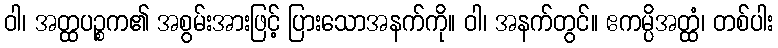
ဝါ၊ အတ္ထပဉ္စက၏ အစွမ်းအားဖြင့် ပြားသောအနက်ကို။ ဝါ၊ အနက်တွင်။ ဧကမ္ပိအတ္ထံ၊ တစ်ပါး